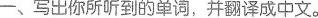
一、写出你所听到的单词，并翻译成中文。